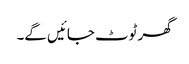
گھر ٹوٹ جائیں گے۔